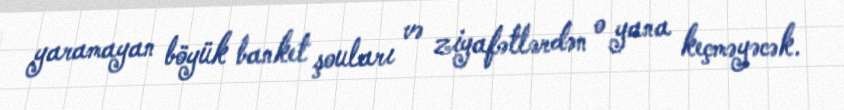
yaramayan böyük banket şouları və ziyafətlərdən o yana keçməyəcək.